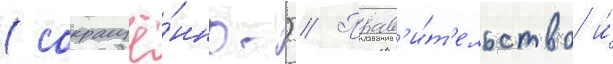
(сокращё́нно.) // Прав'и́т'ельство и́